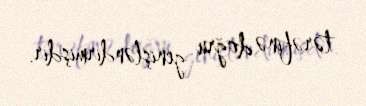
tərəfinə doğru genişləndirmişdir.